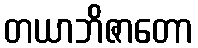
တယာဘိဇာတော